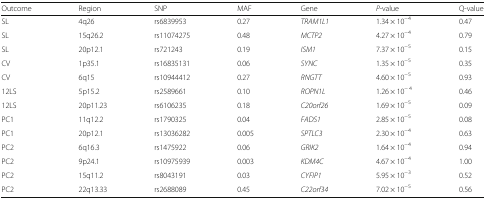
<table><thead><tr><td><b>Outcome</b></td><td><b>Region</b></td><td><b>SNP</b></td><td><b>MAF</b></td><td><b>Gene</b></td><td><b><i>P</i>-value</b></td><td><b>Q-value</b></td></tr></thead><tbody><tr><td>SL</td><td>4q26</td><td>rs6839953</td><td>0.27</td><td><i>TRAM1L1</i></td><td>1.34 × 10<sup>−4</sup></td><td>0.47</td></tr><tr><td>SL</td><td>15q26.2</td><td>rs11074275</td><td>0.48</td><td><i>MCTP2</i></td><td>4.27 × 10<sup>−4</sup></td><td>0.79</td></tr><tr><td>SL</td><td>20p12.1</td><td>rs721243</td><td>0.19</td><td><i>ISM1</i></td><td>7.37 × 10<sup>−5</sup></td><td>0.15</td></tr><tr><td>CV</td><td>1p35.1</td><td>rs16835131</td><td>0.06</td><td><i>SYNC</i></td><td>1.35 × 10<sup>−5</sup></td><td>0.35</td></tr><tr><td>CV</td><td>6q15</td><td>rs10944412</td><td>0.27</td><td><i>RNGTT</i></td><td>4.60 × 10<sup>−5</sup></td><td>0.93</td></tr><tr><td>12LS</td><td>5p15.2</td><td>rs2589661</td><td>0.10</td><td><i>ROPN1L</i></td><td>1.26 × 10<sup>− 4</sup></td><td>0.46</td></tr><tr><td>12LS</td><td>20p11.23</td><td>rs6106235</td><td>0.18</td><td><i>C20orf26</i></td><td>1.69 × 10<sup>−5</sup></td><td>0.09</td></tr><tr><td>PC1</td><td>11q12.2</td><td>rs1790325</td><td>0.04</td><td><i>FADS1</i></td><td>2.85 × 10<sup>−5</sup></td><td>0.08</td></tr><tr><td>PC1</td><td>20p12.1</td><td>rs13036282</td><td>0.005</td><td><i>SPTLC3</i></td><td>2.30 × 10<sup>−4</sup></td><td>0.63</td></tr><tr><td>PC2</td><td>6q16.3</td><td>rs1475922</td><td>0.06</td><td><i>GRIK2</i></td><td>1.64 × 10<sup>−4</sup></td><td>0.94</td></tr><tr><td>PC2</td><td>9p24.1</td><td>rs10975939</td><td>0.003</td><td><i>KDM4C</i></td><td>4.67 × 10<sup>−4</sup></td><td>1.00</td></tr><tr><td>PC2</td><td>15q11.2</td><td>rs8043191</td><td>0.03</td><td><i>CYFIP1</i></td><td>5.95 × 10<sup>−3</sup></td><td>0.52</td></tr><tr><td>PC2</td><td>22q13.33</td><td>rs2688089</td><td>0.45</td><td><i>C22orf34</i></td><td>7.02 × 10<sup>−5</sup></td><td>0.56</td></tr></tbody></table>